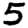
Digit: 5